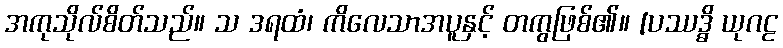
အကုသိုလ်စိတ်သည်။ သ ဒရထံ၊ ကိလေသာအပူနှင့် တကွဖြစ်၏။ [ပဿဒ္ဓိ ယုဂဠ